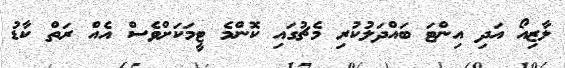
ލާޒިއޯ އަދި އިންޓަ ބައްދަލުކުރި މެޗުގައި ކޮންމެ ޓީމަކަށްވެސް އެއް ރަތް ކާޑު